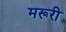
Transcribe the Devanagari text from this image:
मरूरी